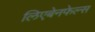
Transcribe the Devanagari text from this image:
लिएबेनफेल्स